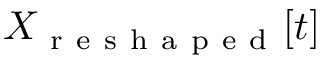
X _ { \mathrm { ~ r ~ e ~ s ~ h ~ a ~ p ~ e ~ d ~ } } [ t ]